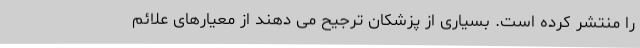
را منتشر کرده است. بسیاری از پزشکان ترجیح می دهند از معیارهای علائم